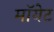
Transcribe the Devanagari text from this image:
मॉयेट